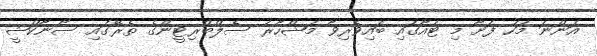
އަންނަ މަހު ފަށާ މި ޓުއާގައި ބައިވެރިވާ މަޝްހޫރު ސެލްބްރިޓީންގެ ތެރޭގައި ސޯނާކްޝީ